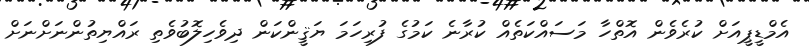
އެމްޑީޕީއަށް ކުރެވެން އޮތްހާ މަސައްކަތެއް ކުރާނެ ކަމުގެ ފުރިހަމަ ޔަޤީންކަން ދިވެހިލޮބުވެތި ރައްޔިތުންނަށްނަށް